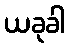
ယခုခါ